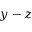
y - z